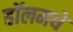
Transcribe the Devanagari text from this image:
हॉलमधे